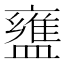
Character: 𬐷